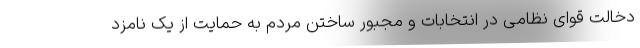
دخالت قوای نظامی در انتخابات و مجبور ساختن مردم به حمایت از یک نامزد